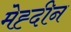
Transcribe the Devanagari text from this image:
मेह्दीन